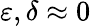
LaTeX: \varepsilon,\delta\approx 0